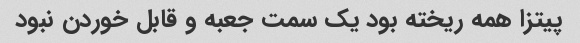
پیتزا همه ریخته بود یک سمت جعبه و قابل خوردن نبود